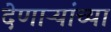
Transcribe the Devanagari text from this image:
देणाऱ्यांच्या